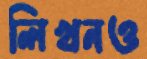
লিখনও